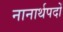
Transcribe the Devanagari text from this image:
नानार्थपदों